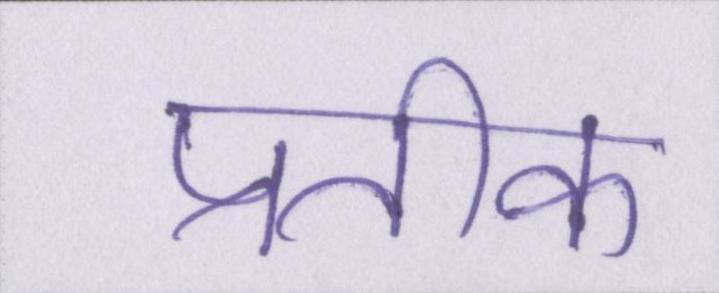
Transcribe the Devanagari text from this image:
प्रतीक